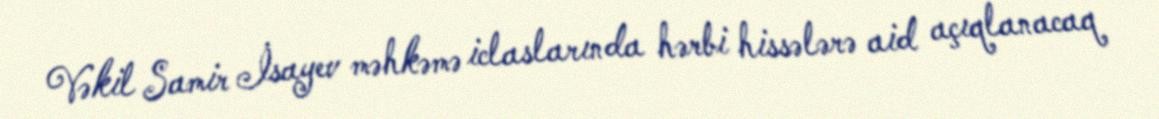
Vəkil Samir İsayev məhkəmə iclaslarında hərbi hissələrə aid açıqlanacaq